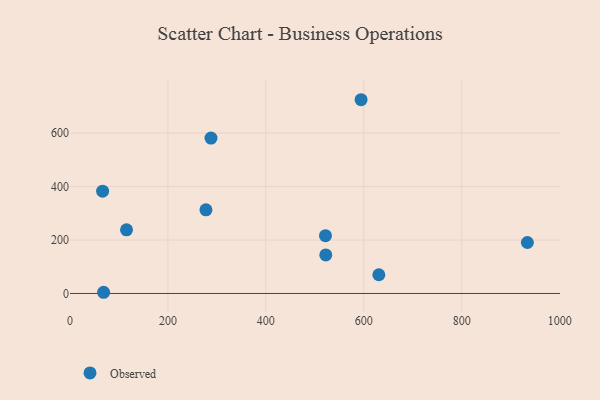
{"axis": {"x": "Study Hours", "y": "Sales"}, "legend": ["Observed"], "data": [{"x": "521.8", "y": 216.2, "type": "Observed"}, {"x": "522.4", "y": 144.4, "type": "Observed"}, {"x": "630.8", "y": 70.1, "type": "Observed"}, {"x": "934.1", "y": 190.8, "type": "Observed"}, {"x": "288.0", "y": 581.5, "type": "Observed"}, {"x": "594.5", "y": 725.1, "type": "Observed"}, {"x": "66.7", "y": 382.7, "type": "Observed"}, {"x": "277.7", "y": 313.0, "type": "Observed"}, {"x": "68.7", "y": 4.5, "type": "Observed"}, {"x": "115.5", "y": 238.4, "type": "Observed"}]}